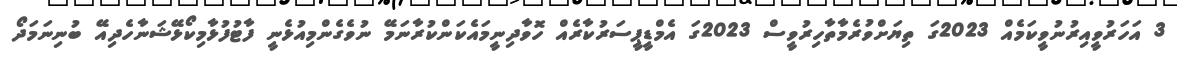
3 އަހަރުވީއިރުނުވީކަމެއް 2023ގަ ތިޔަށްވުރެމާތާހިރުވީސް 2023ގަ އެމްޑީޕީސަރުކާރެއް ހޮވާދިނީމައެކަންކުރާނަމޭ ނުވެގެންމިއުޅެނީ ފާޓުފުޅާމިކޯޅޭޝަނާހެދިއޭ ބުނިނަމަދޯ